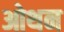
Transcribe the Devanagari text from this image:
ओथन